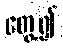
တွေ့၍